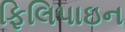
ફિલિપાઇન